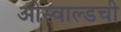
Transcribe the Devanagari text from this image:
ओस्वाल्डची